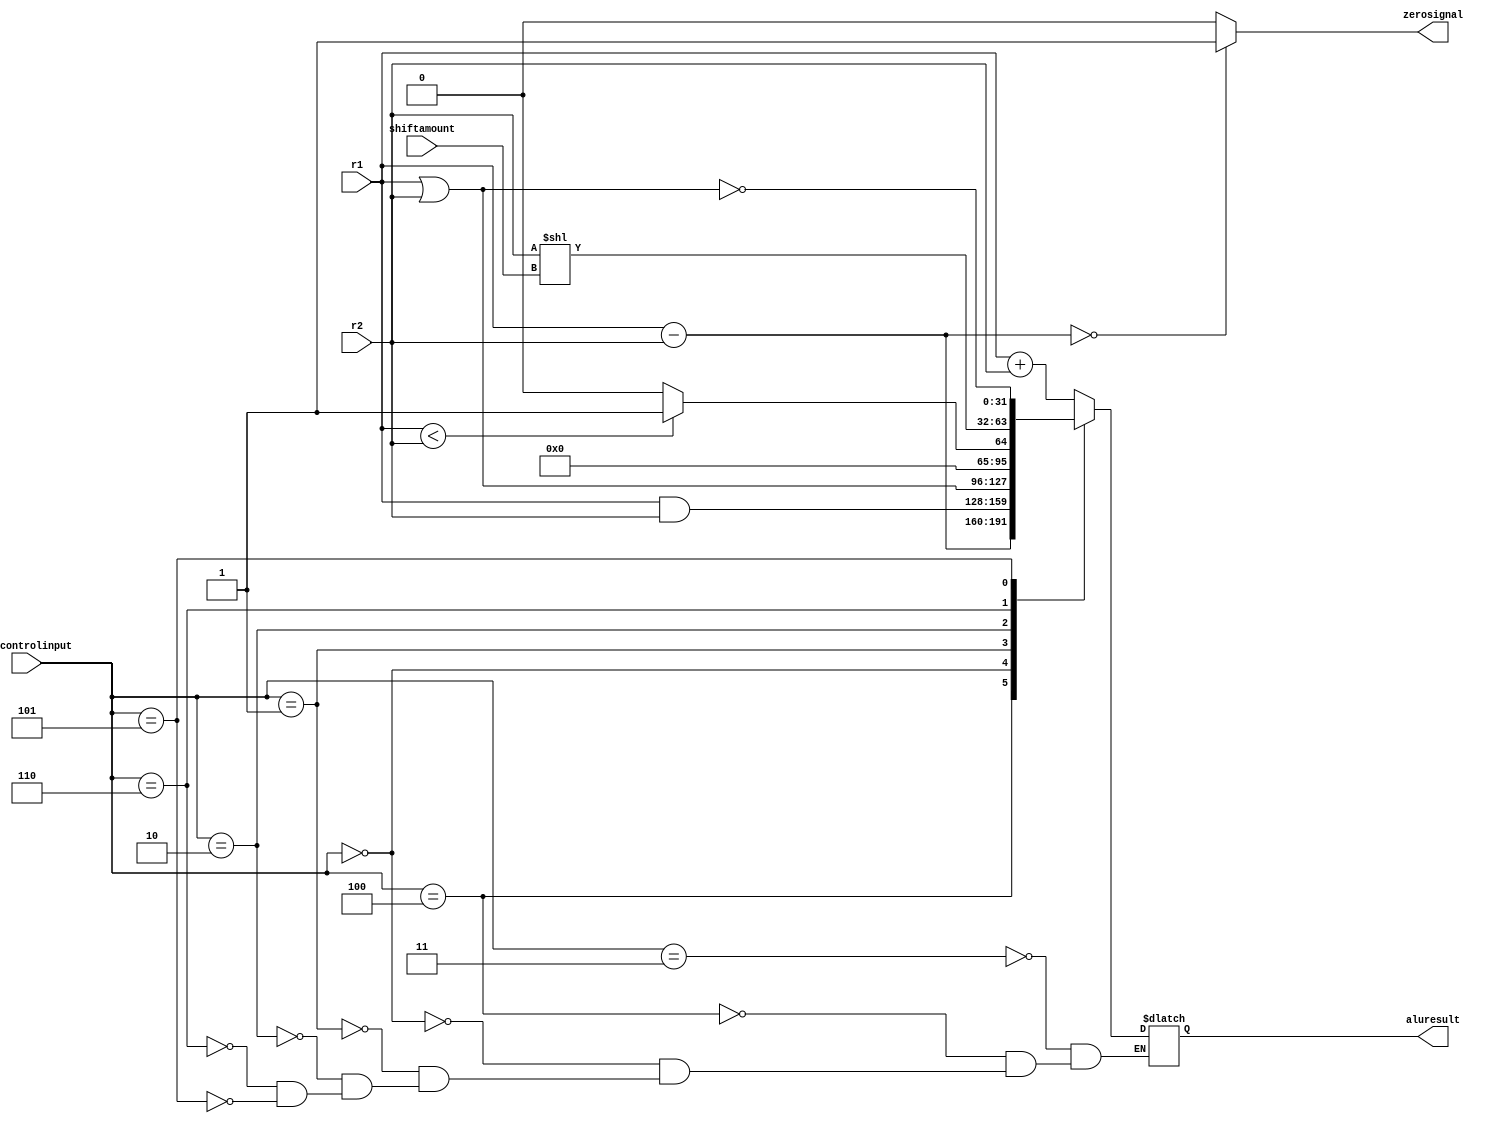
module alu(output reg[31:0]aluresult,
	output reg zerosignal,
	input wire[31:0]r1,
	input wire[31:0]r2,
	input wire[2:0]alucontrolinput, 
	input wire[4:0]shiftamount
);	
				 

	always @(alucontrolinput or r1 or r2 or shiftamount)
		begin  
			 #7
			if(r1-r2==0)
				zerosignal<=1'b1;
			else
				zerosignal<=1'b0; 
				
			
			//if(alucontrol==2'b00)
			case (alucontrolinput)
				3'b011:  //	add
					aluresult<=r1+r2;
				3'b100:	   //sub
					aluresult<=r1-r2;
				3'b000://and
					aluresult<=r1&r2;
				3'b001:		//or
					aluresult<=r1|r2;
				3'b010://slt
					begin
						if(r1<r2)
							aluresult<=1;
						else 
							aluresult<=0;
					end 
				3'b110: //shift
					aluresult<=	r2<<shiftamount; 
				3'b101:	//nor
					aluresult<=	~(r1|r2);
						
			endcase
			
		end
	
endmodule